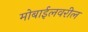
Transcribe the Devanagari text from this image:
मोबाईलवरील